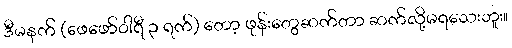
ဒီမနက် (ဖေဖော်ဝါရီ ၃ ရက်) တော့ ဖုန်းတွေဆက်တာ ဆက်လို့မရသေးဘူး။